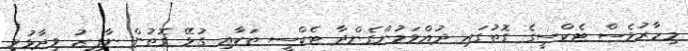
މިހާރުވެސް ޓެކްސީގެ ގޮތުގައި ދުއްވަމުންގެންދާ ޓެކްސީ ތަކާއި ގުޅޭ ގޮތުން ނާފިޒު ވިދާޅުވީ